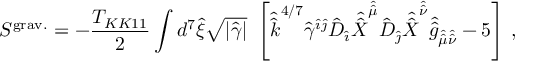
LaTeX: S ^ { \mathrm { g r a v . } } = - { \frac { T _ { K K 1 1 } } { 2 } } \int d ^ { 7 } \hat { \xi } \sqrt { | \hat { \gamma } | } \ \left[ \hat { \hat { k } } ^ { 4 / 7 } \hat { \gamma } ^ { \hat { \imath } \hat { \jmath } } \hat { D } _ { \hat { \imath } } \hat { \hat { X } } ^ { \hat { \hat { \mu } } } \hat { D } _ { \hat { \jmath } } \hat { \hat { X } } ^ { \hat { \hat { \nu } } } \hat { \hat { g } } _ { \hat { \hat { \mu } } \hat { \hat { \nu } } } - 5 \right] \, ,